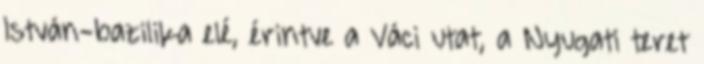
István-bazilika elé, érintve a Váci utat, a Nyugati teret